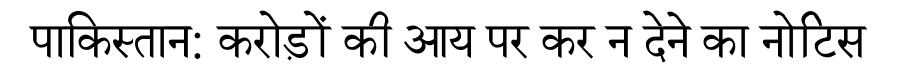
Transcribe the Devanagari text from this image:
पाकिस्तान: करोड़ों की आय पर कर न देने का नोटिस